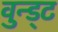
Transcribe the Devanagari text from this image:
वुन्ड्ट